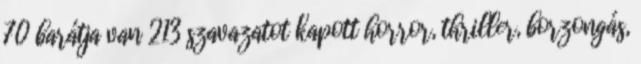
70 barátja van 213 szavazatot kapott horror, thriller, borzongás,